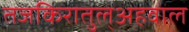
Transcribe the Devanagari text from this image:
तजकिरातुल्अहवाल